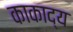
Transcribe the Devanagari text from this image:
काकाद्य